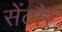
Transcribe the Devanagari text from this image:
सेंटौर